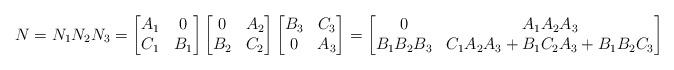
LaTeX: \begin{align*} N = N_1 N_2 N_3 = \begin{bmatrix} A_1 & 0 \\ C_1 & B_1 \\ \end{bmatrix} \begin{bmatrix} 0 & A_2 \\ B_2 & C_2 \\ \end{bmatrix} \begin{bmatrix} B_3 & C_3 \\ 0 & A_3 \\ \end{bmatrix} = \begin{bmatrix} 0 & A_1 A_2 A_3 \\ B_1 B_2 B_3 & C_1 A_2 A_3 + B_1 C_2 A_3 + B_1 B_2 C_3 \\ \end{bmatrix}\end{align*}